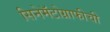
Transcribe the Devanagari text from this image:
सिनेमॅटोग्राफीची